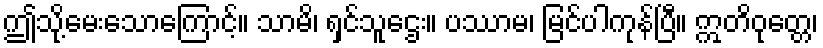
ဤသို့မေးသောကြောင့်။ သာမိ၊ ရှင်သူဌေး။ ပဿာမ၊ မြင်ပါကုန်ပြီ။ ဣတိဝုတ္တေ၊